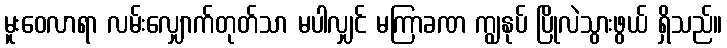
မူးဝေလာရာ လမ်းလျှောက်တုတ်သာ မပါလျှင် မကြာခဏ ကျွနုပ် ပြိုလဲသွားဖွယ် ရှိသည်။